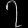
Digit: ၇